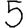
Digit: 5